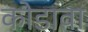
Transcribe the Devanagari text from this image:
कोडावा